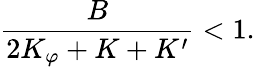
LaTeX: \frac{B}{2K_{\varphi}+K+K^{\prime}}<1.